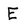
Character: E